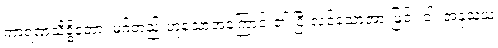
ကာရဏသိဒ္ဓိတော၊ မဂ်တည်းဟူသောအကြောင်း၏ ပြီးလင့်သောအားဖြင့်။ ဝါ၊ အနုသယ